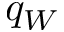
q _ { W }